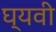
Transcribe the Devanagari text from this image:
घ्यवी